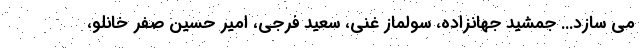
می سازد... جمشید جهانزاده، سولماز غنی، سعید فرجی، امیر حسین صفر خانلو،